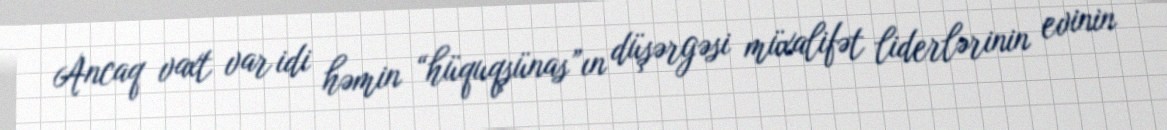
Ancaq vaxt var idi həmin “hüquqşünas”ın düşərgəsi müxalifət liderlərinin evinin